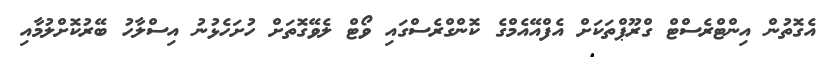
އެގޮތުން އިންޓްރެސްޓް ގްރޫޕްތަކަށް އެފްއޭއެމްގެ ކޮންގްރެސްގައި ވޯޓް ލެވޭގޮތަށް ހުށަހެޅުނު އިސްލާހު ބޭރުކޮށްލުމާއި